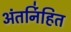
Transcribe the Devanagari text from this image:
अंतर्नि॑हित